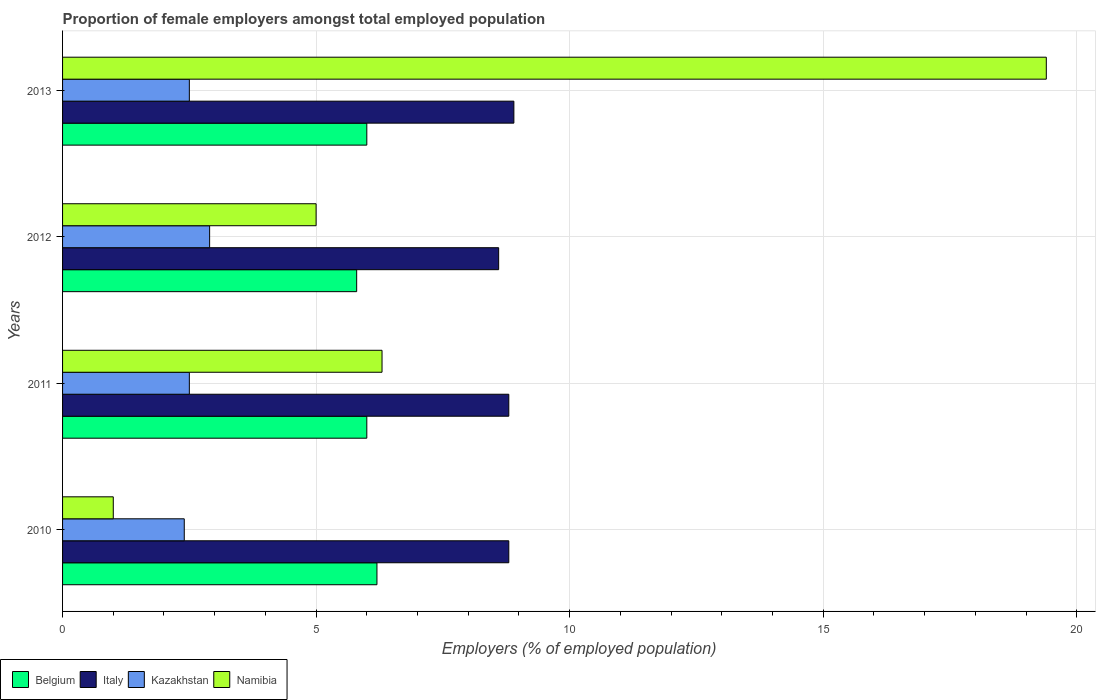
| Years | Belgium | Italy | Kazakhstan | Namibia |
 | --- | --- | --- | --- | --- |
 | 2010 | 6.2 | 8.8 | 2.4 | 1 |
 | 2011 | 6 | 8.8 | 2.5 | 6.3 |
 | 2012 | 5.8 | 8.6 | 2.9 | 5 |
 | 2013 | 6 | 8.9 | 2.5 | 19.4 |